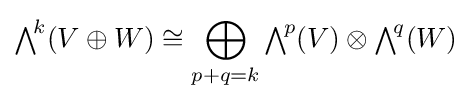
{\textstyle \bigwedge }^{\!k}(V\oplus W)\cong \bigoplus _{p+q=k}{\textstyle \bigwedge }^{\!p}(V)\otimes {\textstyle \bigwedge }^{\!q}(W)